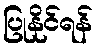
ပြုနိုင်ရန်